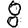
Digit: 8